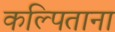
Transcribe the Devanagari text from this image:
कल्पिताना